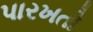
પારખતો